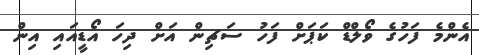
އެންމެ ފަހުގެ ވޯލްޑް ކަޕަށް ފަހު ސަޗިން އަށް ދިހަ އޯޑީއައި އިން